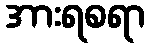
အားရစရာ